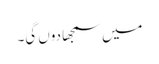
میں سمجھا دوں گی۔